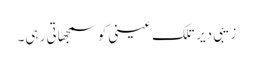
زیبی دیر تلک عینی کو سمجھاتی رہی۔